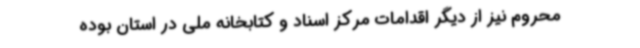
محروم نیز از دیگر اقدامات مرکز اسناد و کتابخانه ملی در استان بوده